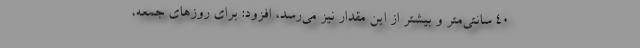
40 سانتی‌متر و بیشتر از این مقدار نیز می‌رسد، افزود: برای روزهای جمعه،